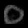
Digit: ၀